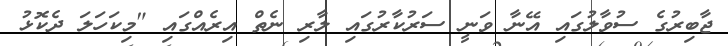
ޖާބިރުގެ ސުވާލުގައި އޭނާ ވަނީ ސަރުކާރުގައި ލާރި ނެތް އިރެއްގައި "މިކަހަލަ ދެކޮޅު